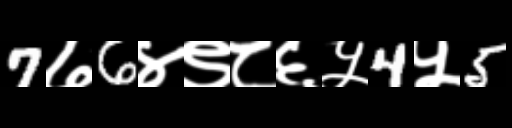
Text: 7७6४९८६५4५5